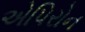
એપિરોન